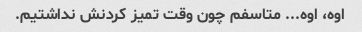
اوه، اوه... متاسفم چون وقت تمیز کردنش نداشتیم.